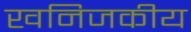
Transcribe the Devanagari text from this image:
खनिजकीय